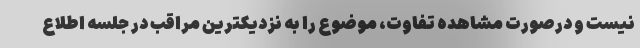
نیست و درصورت مشاهده تفاوت، موضوع را به نزدیکترین مراقب در جلسه اطلاع